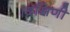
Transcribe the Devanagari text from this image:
।दक्षिणी